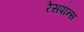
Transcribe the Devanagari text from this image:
रेसपॉन्स